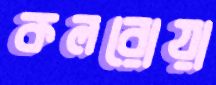
কলরোয়া